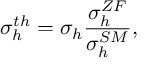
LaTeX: \sigma _ { h } ^ { t h } = \sigma _ { h } \frac { \sigma _ { h } ^ { Z F } } { \sigma _ { h } ^ { S M } } ,